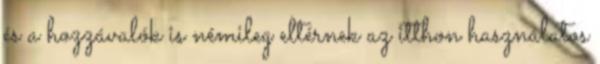
és a hozzávalók is némileg eltérnek az itthon használatos